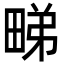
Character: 𭻘